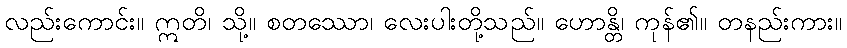
လည်းကောင်း။ ဣတိ၊ သို့။ စတဿော၊ လေးပါးတို့သည်။ ဟောန္တိ၊ ကုန်၏။ တနည်းကား။